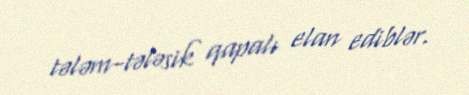
tələm-tələsik qapalı elan ediblər.